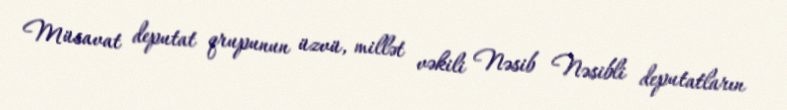
Müsavat deputat qrupunun üzvü, millət vəkili Nəsib Nəsibli deputatların